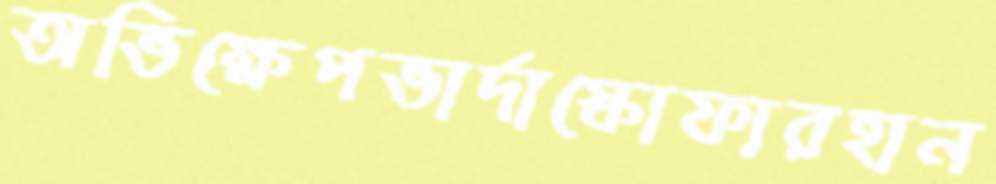
অভিক্ষেপভার্দাস্কোফারহান